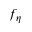
f _ { \eta }